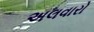
અલવારો